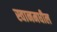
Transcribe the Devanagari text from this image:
स्वानमधील